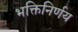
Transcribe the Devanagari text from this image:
भक्तिनिर्णय